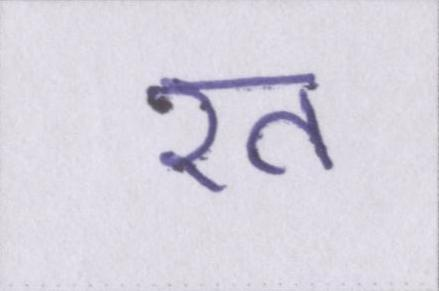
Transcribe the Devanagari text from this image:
रत